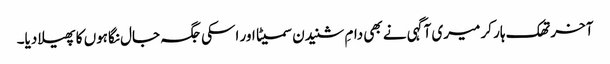
آخر تھک ہار کر میری آگہی نے بھی دامِ شنیدن سمیٹا اور اسکی جگہ جال نگاہوں کا پھیلا دیا۔